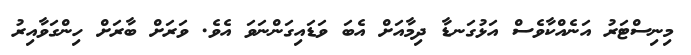
މިނިސްޓަރު އަނެއްކާވެސް އަޅުގަނޑާ ދިމާއަށް އެބަ ވަޑައިގަންނަވަ އެވެ. ވަރަށް ބާރަށް ހިންގަވާއިރު